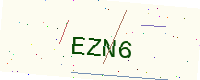
Text: EZN6